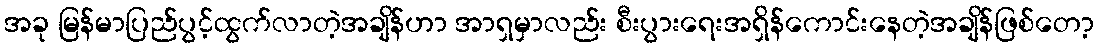
အခု မြန်မာပြည်ပွင့်ထွက်လာတဲ့အချိန်ဟာ အာရှမှာလည်း စီးပွားရေးအရှိန်ကောင်းနေတဲ့အချိန်ဖြစ်တော့